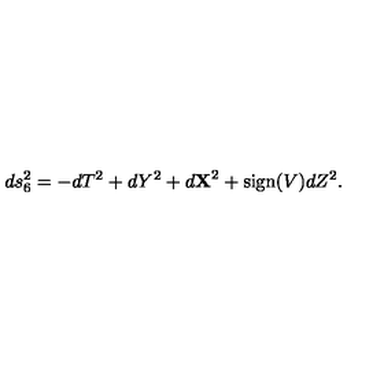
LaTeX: d s _ { 6 } ^ { 2 } = - d T ^ { 2 } + d Y ^ { 2 } + d { \bf X } ^ { 2 } + \mathrm { s i g n } ( V ) d Z ^ { 2 } .